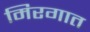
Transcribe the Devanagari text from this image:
मिरगात